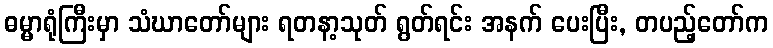
ဓမ္မာရုံကြီးမှာ သံဃာတော်များ ရတနာ့သုတ် ရွတ်ရင်း အနက် ပေးပြီး, တပည့်တော်က